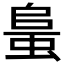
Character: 𧋰